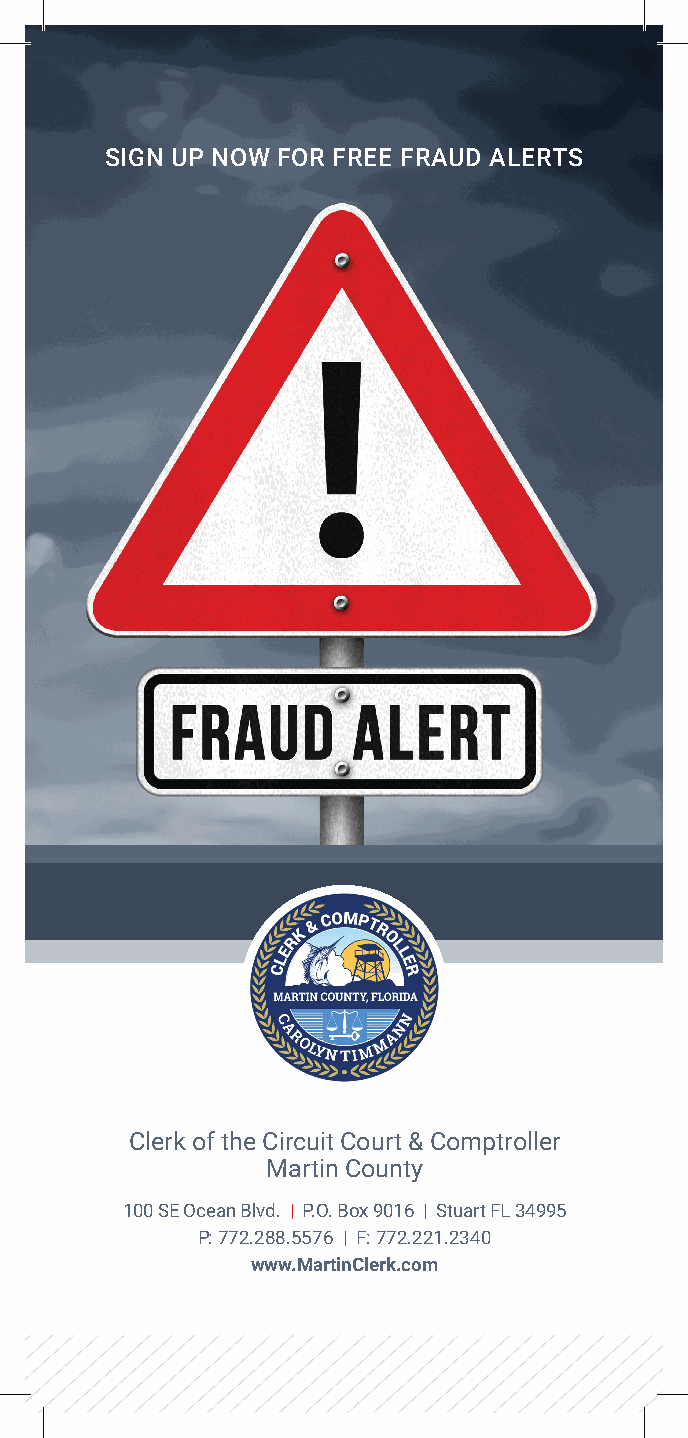
SIGN UP NOW FOR FREE FRAUD ALERTS
 Clerk of the Circuit Court & Comptroller
 Martin County
 100 SE Ocean Blvd. | P.O. Box 9016 | Stuart FL 34995
 P: 772.288.5576 | F: 772.221.2340
 www.MartinClerk.com